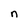
Character: n